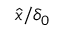
\hat { x } / \delta _ { 0 }